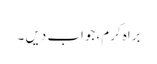
براہ کرم، جواب دیں ۔